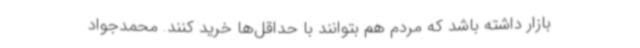
بازار داشته باشد که مردم هم بتوانند با حداقل‌ها خرید کنند. محمدجواد